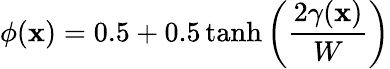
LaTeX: \phi(\mathbf{x})=0.5+0.5\operatorname{tanh}{\left(\frac{2\gamma(\mathbf{x})}{W}\right)}